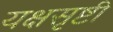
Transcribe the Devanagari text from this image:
यक्षसृष्टी